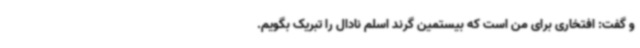
و گفت: افتخاری برای من است که بیستمین گرند اسلم نادال را تبریک بگویم.